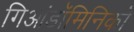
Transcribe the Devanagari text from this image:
गिआंडॉमिनिको